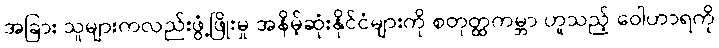
အခြား သူများကလည်းဖွံ့ဖြိုးမှု အနိမ့်ဆုံးနိုင်ငံများကို စတုတ္ထကမ္ဘာ ဟူသည့် ဝေါဟာရကို